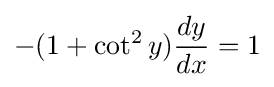
-(1+\cot ^{2}y){\frac {dy}{dx}}=1